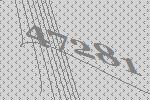
47281